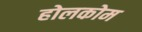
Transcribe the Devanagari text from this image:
होलकोम